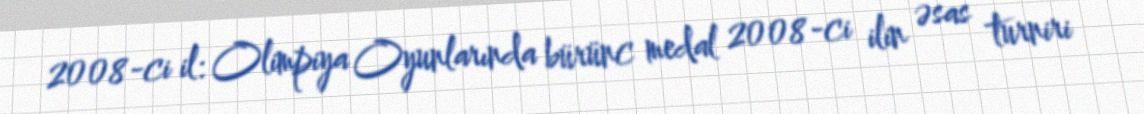
2008-ci il: Olimpiya Oyunlarında bürünc medal 2008-ci ilin əsas turniri